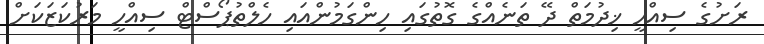
ރަށުގެ ސިއްހީ ޚިދުމަތް ދޭ ތަނެއްގެ ގޮތުގައި ހިންގަމުންއައި ހެލްތުޕޯސްޓް ސިއްހީ މަރުކަޒަކަށް